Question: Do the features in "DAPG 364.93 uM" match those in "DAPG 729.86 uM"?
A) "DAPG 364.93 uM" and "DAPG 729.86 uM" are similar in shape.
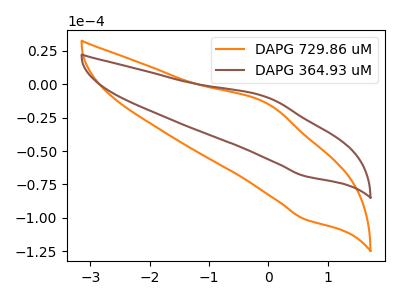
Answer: <think>The orange curve "DAPG 729.86 uM" has an anodic peak at (-0.05V, -14.40uA) and a cathodic peak at (0.60V, -100.80uA). The brown curve "DAPG 364.93 uM" has an anodic peak at (-0.05V, -9.80uA) and a cathodic peak at (0.60V, -68.60uA).
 All the peaks in "DAPG 364.93 uM" have a peak in "DAPG 729.86 uM" at the same potential.</think>
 <answer>A) "DAPG 364.93 uM" and "DAPG 729.86 uM" are similar in shape.</answer>
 <eval>A</eval>